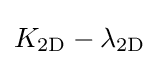
K_{\mathrm {2D} }-\lambda _{\mathrm {2D} }